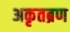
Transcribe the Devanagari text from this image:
अकृतब्रण